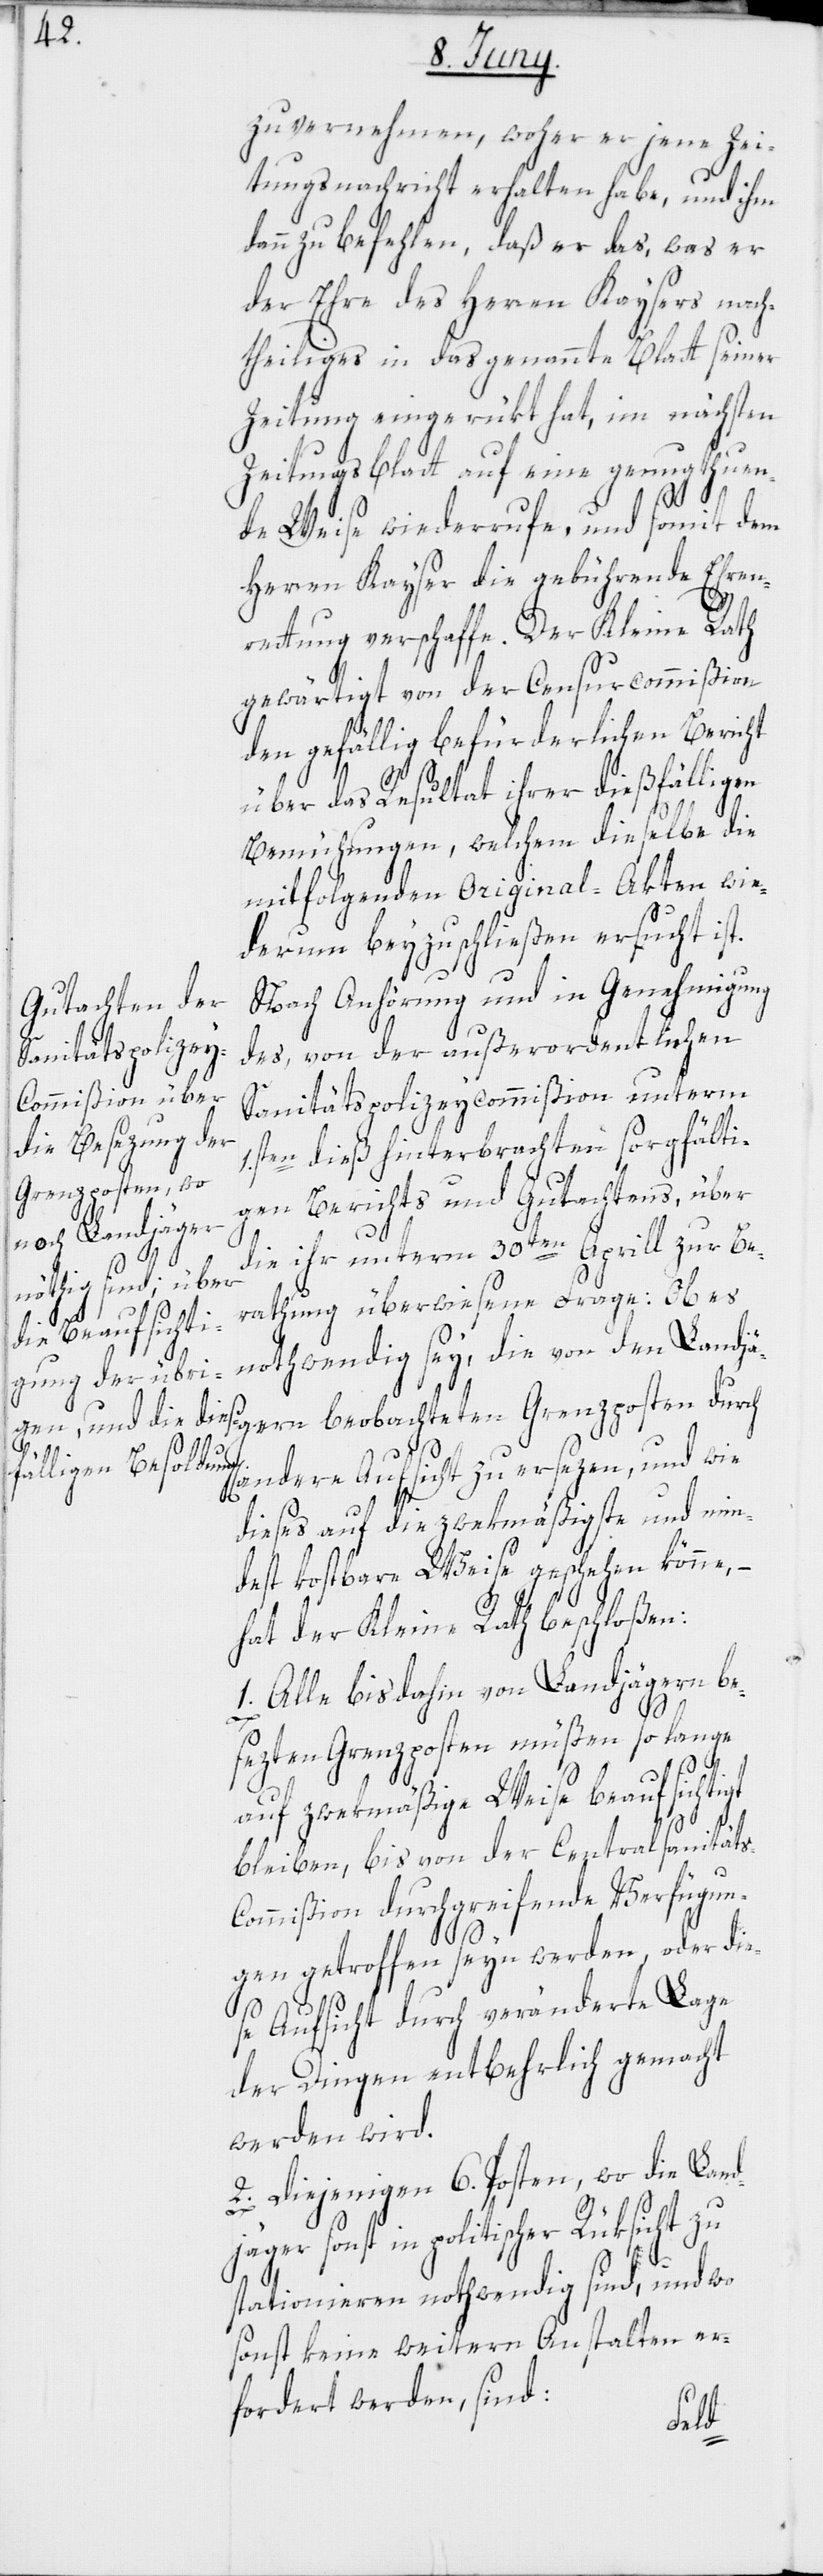
zu vernehmen, woher er jene Zei¬
tungsnachricht erhalten habe, und ihm
dann zu befehlen, daß er das, was er
der Ehre des Herren Kaysers nach¬
theiliges in das genannte Blatt seiner
Zeitung eingerükt hat, im nächsten
Zeitungsblatt auf eine genugthuen¬
s-C¬
de Weise wiederrufe, und somit dem
Herren Kayser die gebührende Ehren¬
rettung verschaffe. Der Kleine Rath
gewärtigt von der Censurcommißion
den gefällig befürderlichen Bericht
über das Resultat ihrer dießfälligen
Bemühungen, welchem dieselbe die
mitfolgenden Original-Akten wie¬
derum beyzuschließen ersucht ist.
Nach Anhörung und in Genehmigung
des, von der außerordentlichen
Sanitätspolizeycommißion unterm
1.sten dieß hinterbrachten sorgfälti¬
Grenzposten dur¬
gen Berichts und Gutachtens, über
die ihr unterm 30ten Aprill zur Be¬
rathung überwiesene Frage: Ob es
nothwendig sey, die von den Landjä¬
andere Aufsicht zu ersezen, und wie
dieses auf die zwekmäßigste und min¬
dest kostbare Weise geschehen könne, –
hat der Kleine Rath beschloßen:
1. Alle bisdahin von Landjägern be¬
ch
sezten Grenzposten müßen so lange
auf zwekmäßige Weise beaufsichtigt
bleiben, bis von der Centralsanität¬
ommißion durchgreifende Verfügun¬
gen getroffen seyn werden, oder die¬
se Aufsicht durch veränderte Lage
der Dingen entbehrlich gemacht
werden wird.
2. Diejenigen 6. Posten, wo die Land¬
gern
jäger sonst in politischer Rüksicht zu
stationieren nothwendig sind, und wo
sonst keine weitern Anstalten er¬
fordert werden, sind: